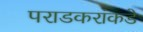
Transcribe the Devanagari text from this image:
पराडकरांकडे